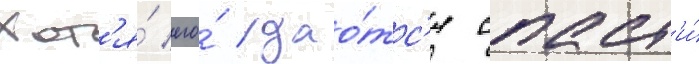
Хот'я́ его́ удао́тс'я спаст'и́